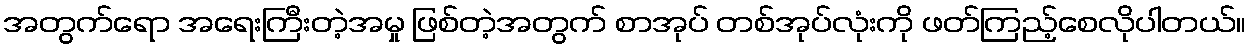
အတွက်ရော အရေးကြီးတဲ့အမှု ဖြစ်တဲ့အတွက် စာအုပ် တစ်အုပ်လုံးကို ဖတ်ကြည့်စေလိုပါတယ်။